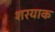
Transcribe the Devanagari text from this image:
शरयाक